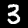
Digit: 3